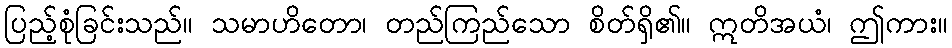
ပြည့်စုံခြင်းသည်။ သမာဟိတော၊ တည်ကြည်သော စိတ်ရှိ၏။ ဣတိအယံ၊ ဤကား။